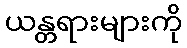
ယန္တရားများကို